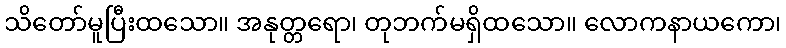
သိတော်မူပြီးထသော။ အနုတ္တရော၊ တုဘက်မရှိထသော။ လောကနာယကော၊